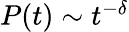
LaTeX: \begin{array}{r}{P(t)\sim t^{-\delta}}\end{array}